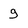
Character: g